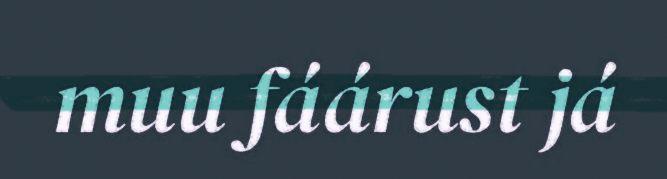
muu fáárust já